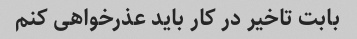
بابت تاخیر در کار باید عذرخواهی کنم